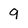
Character: 9